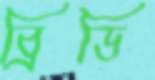
ব্রিডি